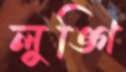
লুঙ্গি